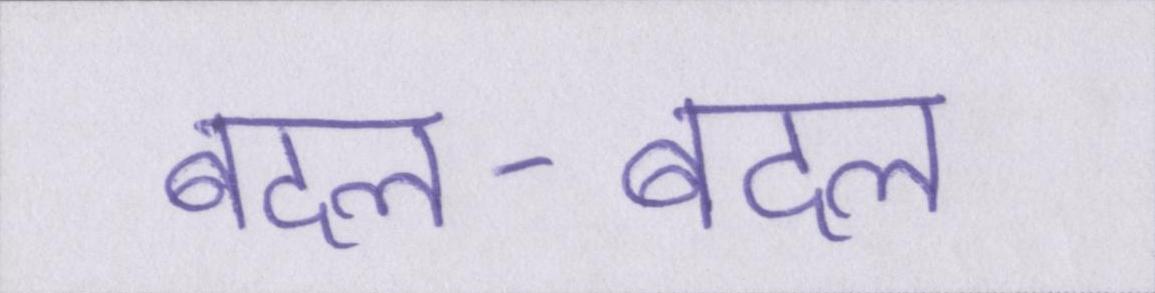
बदल-बदल